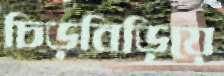
চিড়বিড়িয়ে